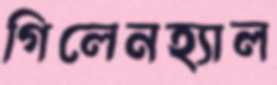
গিলেনহ্যাল